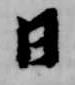
日